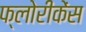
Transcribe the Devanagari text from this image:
फ्लोरीकेंस